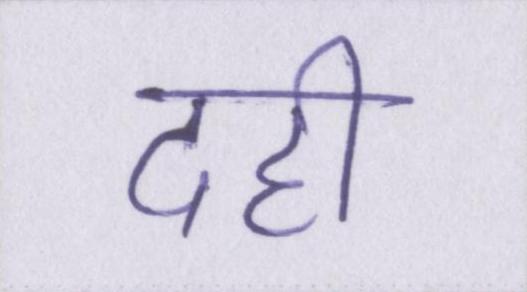
दही